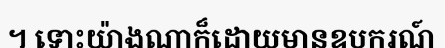
។ ទោះយ៉ាងណាក៏ដោយមានឧបករណ៍